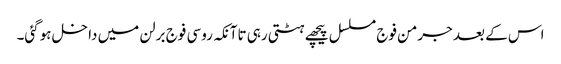
اس کے بعد جرمن فوج مسلسل پیچھے ہٹتی رہی تاآنکہ روسی فوج برلن میں داخل ہوگئی۔